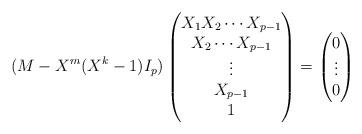
LaTeX: \begin{align*}(M-X^m(X^k-1)I_p) \begin{pmatrix}X_1X_2\cdots X_{p-1}\\ X_2\cdots X_{p-1}\\ \vdots\\X_{p-1}\\1\end{pmatrix}=\begin{pmatrix}0\\ \vdots\\0\end{pmatrix}\end{align*}